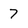
Character: 7